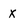
Character: X